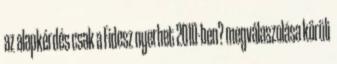
az alapkérdés csak a Fidesz nyerhet 2010-ben? megválaszolása körüli